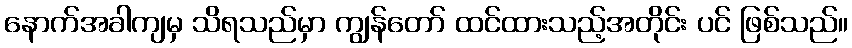
နောက်အခါကျမှ သိရသည်မှာ ကျွန်တော် ထင်ထားသည့်အတိုင်း ပင် ဖြစ်သည်။